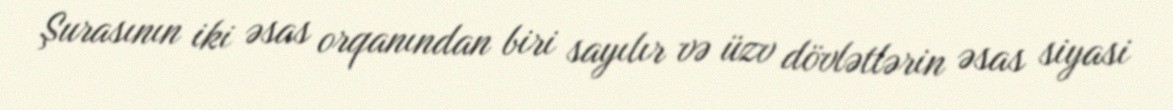
Şurasının iki əsas orqanından biri sayılır və üzv dövlətlərin əsas siyasi